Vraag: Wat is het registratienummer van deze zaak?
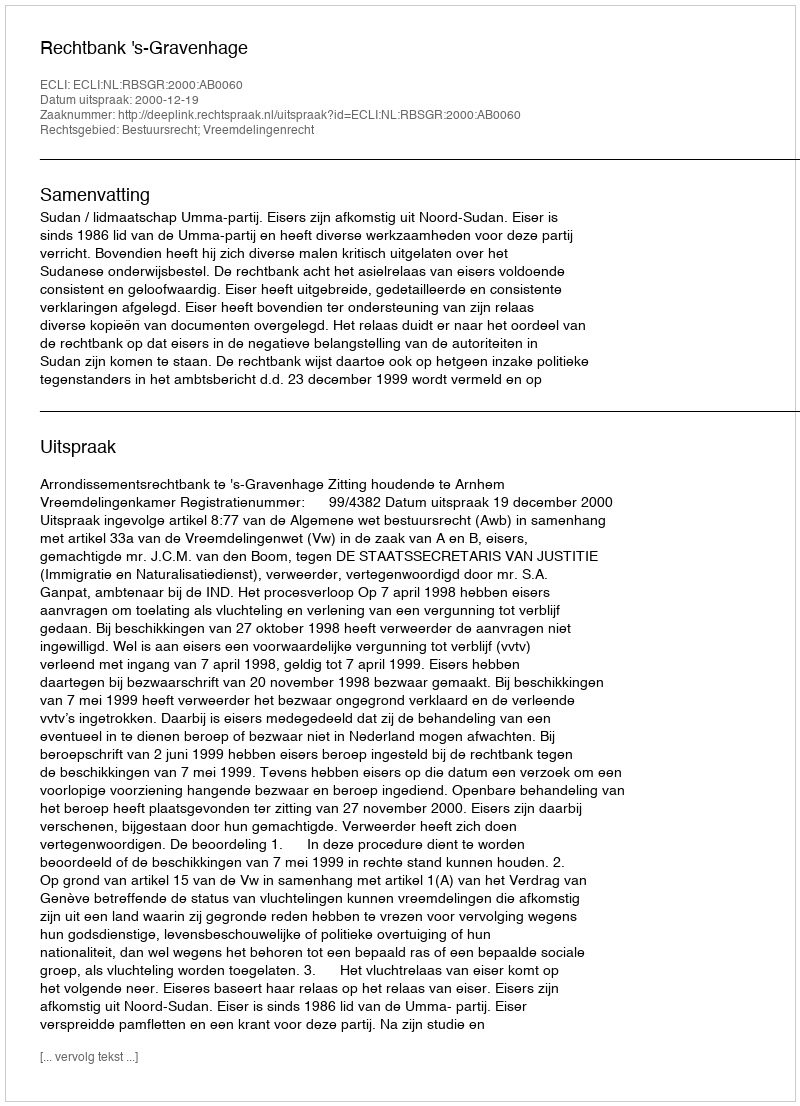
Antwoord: http://deeplink.rechtspraak.nl/uitspraak?id=ECLI:NL:RBSGR:2000:AB0060